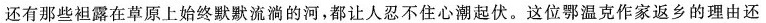
还有那些袒露在草原上始终默默流淌的河，都让人忍不住心潮起伏。这位鄂温克作家返乡的理由还